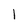
Character: l